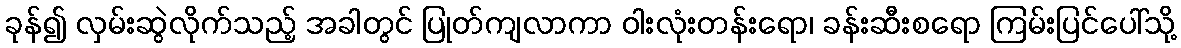
ခုန်၍ လှမ်းဆွဲလိုက်သည့် အခါတွင် ပြုတ်ကျလာကာ ဝါးလုံးတန်းရော၊ ခန်းဆီးစရော ကြမ်းပြင်ပေါ်သို့